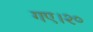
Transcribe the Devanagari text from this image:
गए।२०